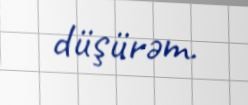
düşürəm.